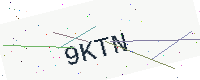
Text: 9KTN